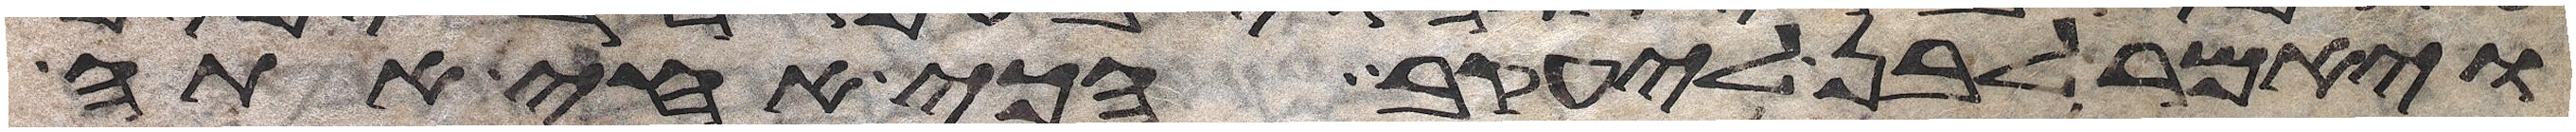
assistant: ויאמר לבן ליעקב הכי אחי אתה